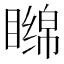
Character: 𬑧